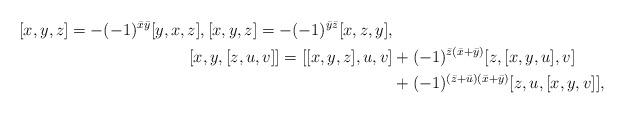
LaTeX: \begin{align*} [x, y, z] = -(-1)^{\bar x \bar y}[y, x, z], [x, y, z] = -(-1)^{\bar y \bar z}[x, z, y], \\ [x, y, [z, u, v]] = [[x, y, z], u, v] &+ (-1)^{\bar z(\bar x+\bar y)}[z, [x, y, u], v] \\ & + (-1)^{(\bar z+\bar u)(\bar x+\bar y)}[z, u, [x, y, v]], \end{align*}